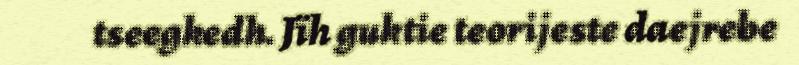
tseegkedh. Jïh guktie teorijeste daejrebe